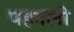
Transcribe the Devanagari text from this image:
पहनली